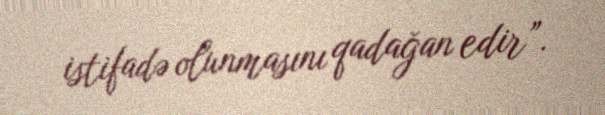
istifadə olunmasını qadağan edir”.